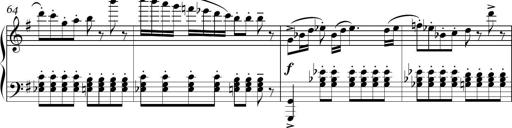
Title: Sonatina in E minor
Composer: Shuwen Zhang
Key: E minor